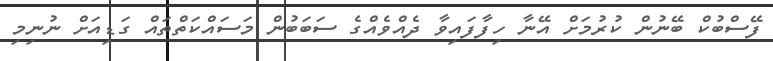
ފޭސްބުކް ބޭނުން ކުރުމަށް އޭނާ ހިފާފައިވާ ދެއްވެއްގެ ސަބަބުން މަސައްކަތްތައް ގަޑިއަށް ނުނިމި